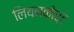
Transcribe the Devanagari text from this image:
लियनकोर्ट